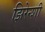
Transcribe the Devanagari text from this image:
झिरेन्शी